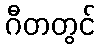
ဂီတတွင်